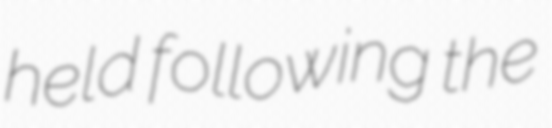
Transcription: held following the